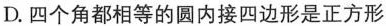
D.四个角都相等的圆内接四边形是正方形